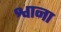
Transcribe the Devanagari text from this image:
श्वाना